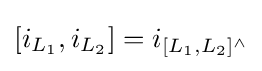
[i_{L_{1}},i_{L_{2}}]=i_{[L_{1},L_{2}]^{\land }}